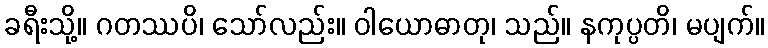
ခရီးသို့။ ဂတဿပိ၊ သော်လည်း။ ဝါယောဓာတု၊ သည်။ နကုပ္ပတိ၊ မပျက်။